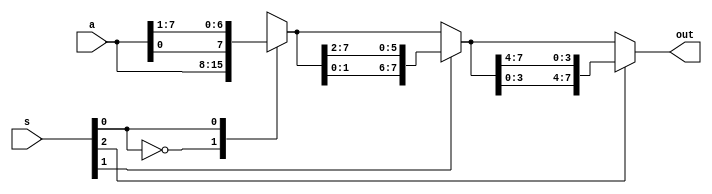
`timescale 1ns / 1ps
//////////////////////////////////////////////////////////////////////////////////
// Company: 
// Engineer: 
// 
// Design Name: 
// Module Name: q2barellb
// Project Name: 
// Target Devices: 
// Tool Versions: 
// Description: 
// 
// Dependencies: 
// 
// Revision:
// Revision 0.01 - File Created
// Additional Comments:
// 
//////////////////////////////////////////////////////////////////////////////////


module q3barellb(a,s,out);
input [7:0]a;
input [2:0]s;
output[7:0]out;
reg [7:0]out;
always@(*)
begin
case(s[0])
1'b0 : out=a;  //shift =0
1'b1 : out={a[0],a[7:1]}; //shift=1  
endcase

case(s[1])
1'b1 : out={out[1:0],out[7:2]};  //shift=2
endcase

case(s[2])
1'b1 : out={out[3:0],out[7:4]};  //shift=4
endcase
end
endmodule